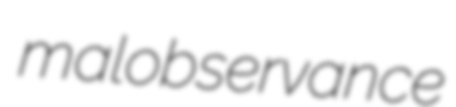
malobservance